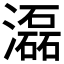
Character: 𤂬